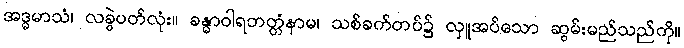
အဒ္ဓမာသံ၊ လခွဲပတ်လုံး။ ခန္ဓာဝါရဘတ္တံနာမ၊ သစ်ခက်တပ်၌ လှူအပ်သော ဆွမ်းမည်သည်ကို။